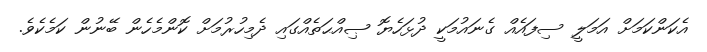
އެކަންކަމަށް އަމަލީ ސިފައެއް ގެނައުމަކީ ދުޅަހެޔޮ ޞިއްޙަތެއްގައި ދެމިހުރުމަށް ކޮންމެހެން ބޭނުން ކަމެކެވެ.